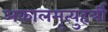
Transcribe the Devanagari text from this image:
अकालमृत्युहर्त्री